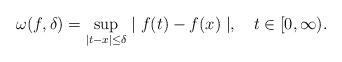
LaTeX: \begin{align*}\omega (f,\delta )=\sup_{\mid t-x\mid \leq \delta }\mid f(t)-f(x)\mid,~~~t\in \lbrack 0,\infty ). \end{align*}